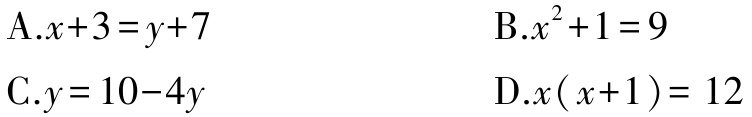
A.$x + 3 = y + 7$

B.$x^{2}+1 = 9$

C.$y = 10 - 4y$

D.$x(x + 1)=12$